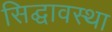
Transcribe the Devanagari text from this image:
सिद्घावस्था